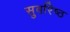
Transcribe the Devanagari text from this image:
सुवरिष्ठ